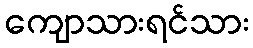
ကျောသားရင်သား